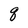
Character: q